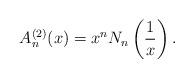
LaTeX: \begin{align*}A_n^{(2)}(x)=x^{n}N_n\left(\frac{1}{x}\right).\end{align*}